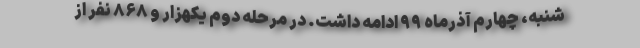
شنبه، چهارم آذرماه ۹۹ ادامه داشت. در مرحله دوم یکهزار و ۸۶۸ نفر از